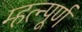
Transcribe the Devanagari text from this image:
म्हत्न्पूर्ण